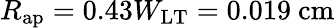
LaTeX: R_{\mathrm{ap}}=0.43W_{\mathrm{LT}}=0.019~\mathrm{cm}